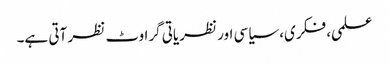
علمی، فکری، سیاسی اور نظریاتی گراوٹ نظر آتی ہے۔